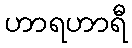
ဟာရဟာရီ